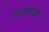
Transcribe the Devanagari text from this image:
शास्त्रशाखेचे